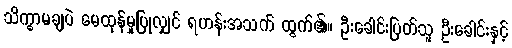
သိက္ခာမချပဲ မေထုန်မှုပြုလျှင် ရဟန်းအသက် ထွက်၏။ ဦးခေါင်းပြတ်သူ ဦးခေါင်းနှင့်